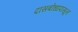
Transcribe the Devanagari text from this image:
दासबोधापासून